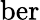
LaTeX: \mathrm{ber}